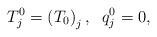
LaTeX: \begin{align*}T_{j}^{0}=\left( T_{0}\right) _{j},\;\;q_{j}^{0}=0, \end{align*}